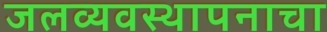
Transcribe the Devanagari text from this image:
जलव्यवस्थापनाचा